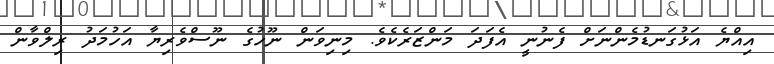
އިއްޔެ އަޅުގަނޑުމެންނަށް ފެނުނީ އެފަދަ މަންޒަރެކެވެ. މިިނިވަން ނޫހުގެ ނޫސްވެރިޔާ އަހުމަދު ރިލްވާން